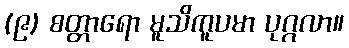
(၉) စတ္တာရော မူသိကူပမာ ပုဂ္ဂလာ။